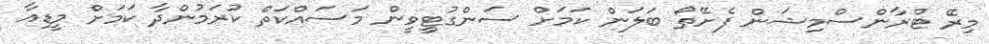
މިރޭ ޓްރާންސްމިޝަން ފެށޭތޯ ބަލަން ކަމަށް ސަންގުޓީވީން މަސައްކަތް ކުރަމުންދާ ކަމަށް މީޑިއާ